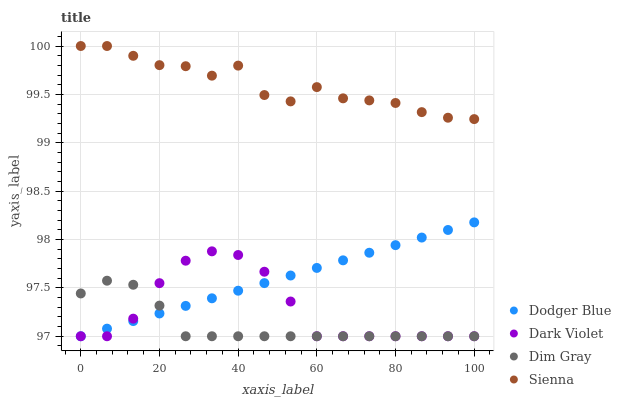
| xaxis_label | Dodger Blue | Dark Violet | Dim Gray | Sienna |
 | --- | --- | --- | --- | --- |
 | 0 | 97 | 97 | 97.4 | 100 |
 | 6.67 | 97.1 | 97 | 97.6 | 100 |
 | 13.3 | 97.2 | 97.2 | 97.5 | 99.9 |
 | 20 | 97.2 | 97.5 | 97.3 | 99.8 |
 | 26.7 | 97.3 | 97.8 | 97 | 99.8 |
 | 33.3 | 97.4 | 97.9 | 97 | 99.7 |
 | 40 | 97.5 | 97.8 | 97 | 99.8 |
 | 46.7 | 97.5 | 97.7 | 97 | 99.5 |
 | 53.3 | 97.6 | 97.4 | 97 | 99.4 |
 | 60 | 97.7 | 97 | 97 | 99.6 |
 | 66.7 | 97.8 | 97 | 97 | 99.5 |
 | 73.3 | 97.9 | 97 | 97 | 99.4 |
 | 80 | 97.9 | 97 | 97 | 99.4 |
 | 86.7 | 98 | 97 | 97 | 99.3 |
 | 93.3 | 98.1 | 97 | 97 | 99.3 |
 | 100 | 98.2 | 97 | 97 | 99.2 |